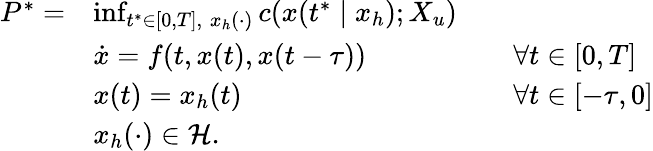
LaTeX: \begin{array}{rlrl}{P^{*}=}&{\operatorname*{inf}_{t^{*}\in[0,T],\; x_{h}(\cdot)}c(x(t^{*}\mid x_{h});X_{u})}&\\ &{\dot{x}=f(t,x(t),x(t-\tau))}&&{\forall t\in[0,T]}\\ &{x(t)=x_{h}(t)}&&{\forall t\in[-\tau,0]}\\ &{x_{h}(\cdot)\in\mathcal{H}.}\end{array}